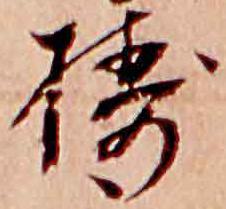
擣